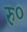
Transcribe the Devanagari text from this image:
रु॰